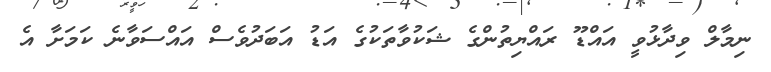
ނިމާލް ވިދާޅުވީ އައްޑޫ ރައްޔިތުންގެ ޝަކުވާތަކުގެ އަޑު އަބަދުވެސް އައްސަވާނެ ކަމަށާ އެ